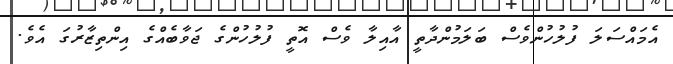
އެމައްސަލަ ފުލުހުންވެސް ބަލަމުންދާތީ އާއިލާ ވެސް އޮތީ ފުލުހުންގެ ޖަވާބެއްގެ އިންތިޒާރުގަ އެވެ.